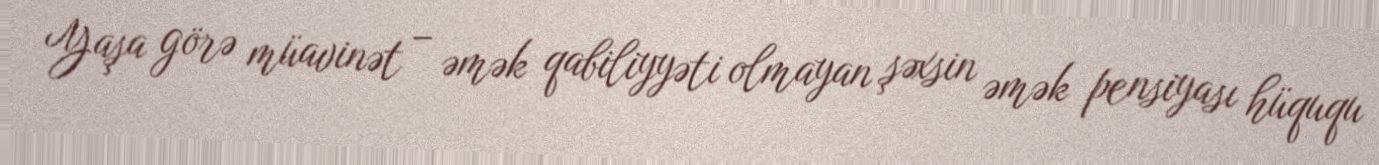
Yaşa görə müavinət – əmək qabiliyyəti olmayan şəxsin əmək pensiyası hüququ